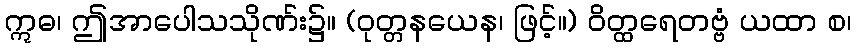
ဣဓ၊ ဤအာပေါသသိုဏ်း၌။ (ဝုတ္တနယေန၊ ဖြင့်။) ဝိတ္ထရေတဗ္ဗံ ယထာ စ၊